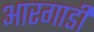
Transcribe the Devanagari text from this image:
आरगाडी